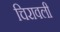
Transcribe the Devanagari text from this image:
चिरावली